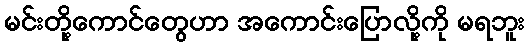
မင်းတို့ကောင်တွေဟာ အကောင်းပြောလို့ကို မရဘူး